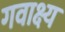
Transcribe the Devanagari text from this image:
गवाक्ष्य